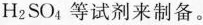
H_{2}SO_{4}等试剂来制备。